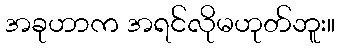
အခုဟာက အရင်လိုမဟုတ်ဘူး။